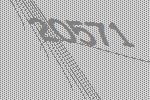
20571